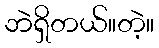
ဘဲရှိတယ်။တဲ့။